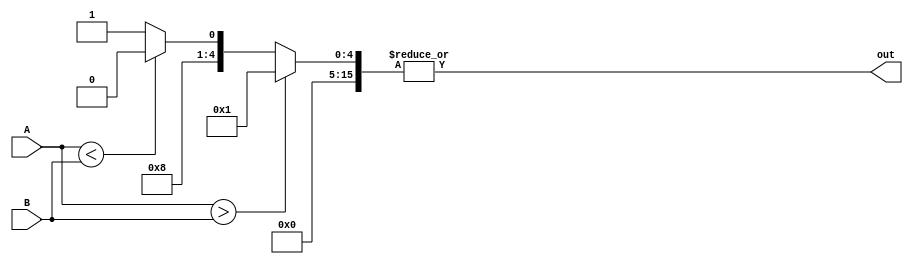
module comparator (
input [15:0] A,
input [15:0] B,
output reg out
);

reg [15:0] result;

always @(*) begin
    if (A > B) begin
        result = 16'h0001; // A is greater than B
    end else if (A < B) begin
        result = 16'h0010; // A is less than B
    end else begin
        result = 16'h0011; // A is equal to B
    end
end

assign out = |result;

endmodule